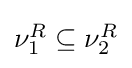
{\textstyle \nu _{1}^{R}\subseteq \nu _{2}^{R}}